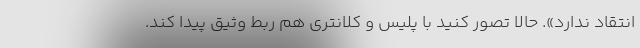
انتقاد ندارد». حالا تصور کنید با پلیس و کلانتری هم ربط وثیق پیدا کند.